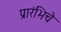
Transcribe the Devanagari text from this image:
प्रारंभिचे